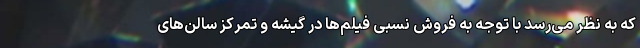
که به نظر می‌رسد با توجه به فروش نسبی فیلم‌ها در گیشه و تمرکز سالن‌های